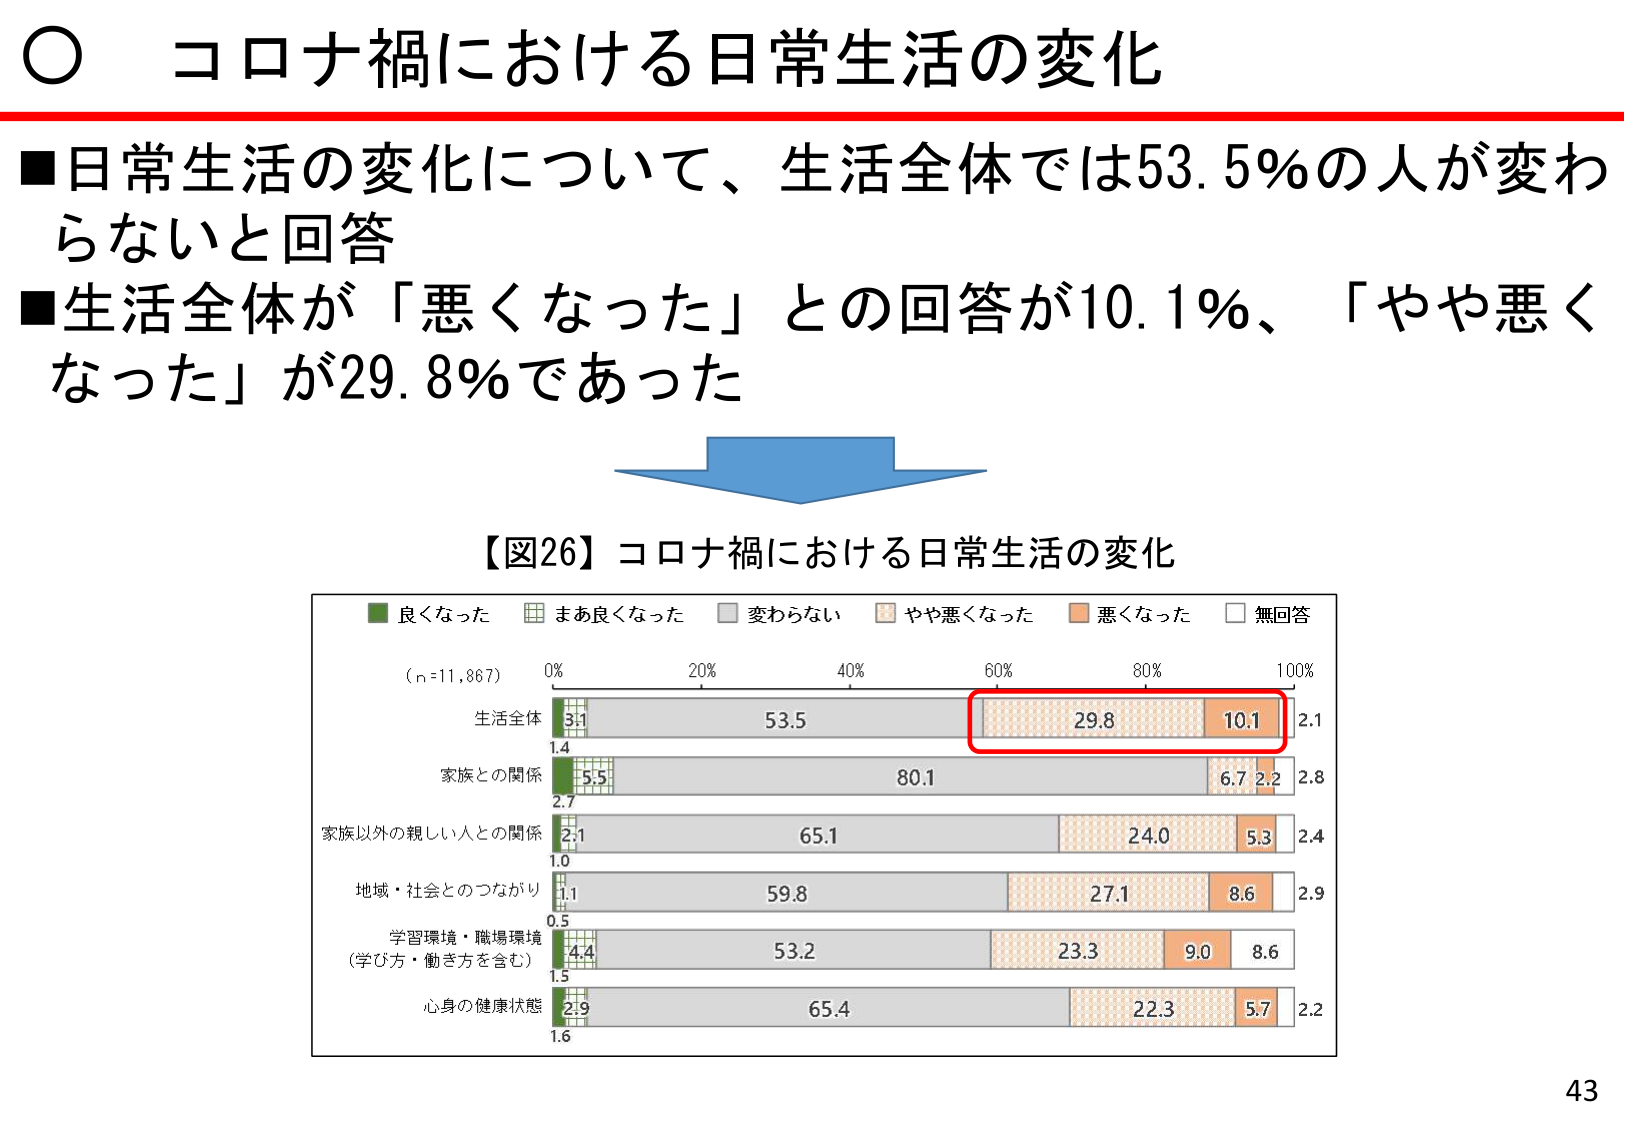
○ コロナ禍における日常生活の変化

■日常生活の変化について、生活全体では53.5％の人が変わらないと回答
■生活全体が「悪くなった」との回答が10.1％、「やや悪くなった」が29.8％であった

【図26】コロナ禍における日常生活の変化

■ 良くなった
■ まあ良くなった
■ 変わらない
■ やや悪くなった
■ 悪くなった
■ 無回答

（n=11,867）
0% 20% 40% 60% 80% 100%

生活全体
3.1 53.5 29.8 10.1 2.1
1.4

家族との関係
5.5 80.1 6.7 2.2 2.8
2.7

家族以外の親しい人との関係
2.1 65.1 24.0 5.3 2.4
1.0

地域・社会とのつながり
1.1 59.8 27.1 8.6 2.9
0.5

学習環境・職場環境
（学び方・働き方を含む）
4.4 53.2 23.3 9.0 8.6
1.5

心身の健康状態
2.9 65.4 22.3 5.7 2.2
1.6

43